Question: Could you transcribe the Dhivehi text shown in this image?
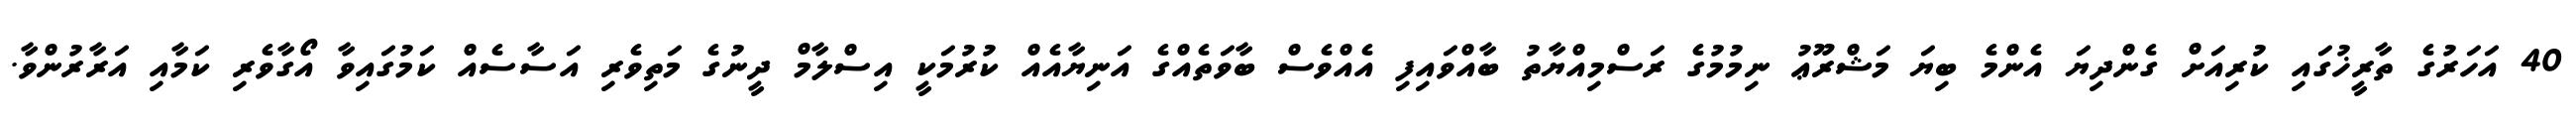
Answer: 40 އަހަރުގެ ތާރީޚުގައި ކުރިއަށް ގެންދިޔަ އެންމެ ބިޔަ މަޝްރޫޢު ނިމުމުގެ ރަސްމިއްޔާތު ބާއްވައިފި އެއްވެސް ބާވަތެއްގެ އަނިޔާއެއް ކުރުމަކީ އިސްލާމް ދީނުގެ މަތިވެރި އަސާސެއް ކަމުގައިވާ އޯގާވެރި ކަމާއި އަރާރުންވާ.